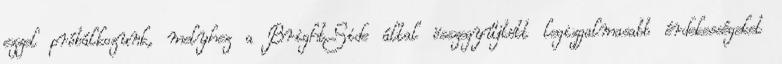
ezzel próbálkozunk, melyhez a BrightSide által összegyűjtött legizgalmasabb érdekességeket